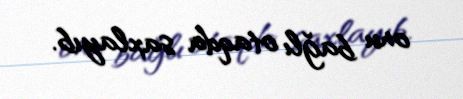
onu bağlı otaqda saxlayıb.